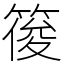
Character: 䈗